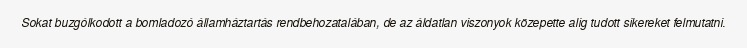
Sokat buzgólkodott a bomladozó államháztartás rendbehozatalában, de az áldatlan viszonyok közepette alig tudott sikereket felmutatni.